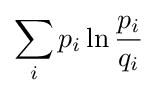
\sum _{i}p_{i}\ln {\frac {p_{i}}{q_{i}}}